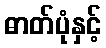
ဓာတ်ပုံနှင့်